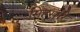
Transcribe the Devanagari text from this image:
सिंहसूरि